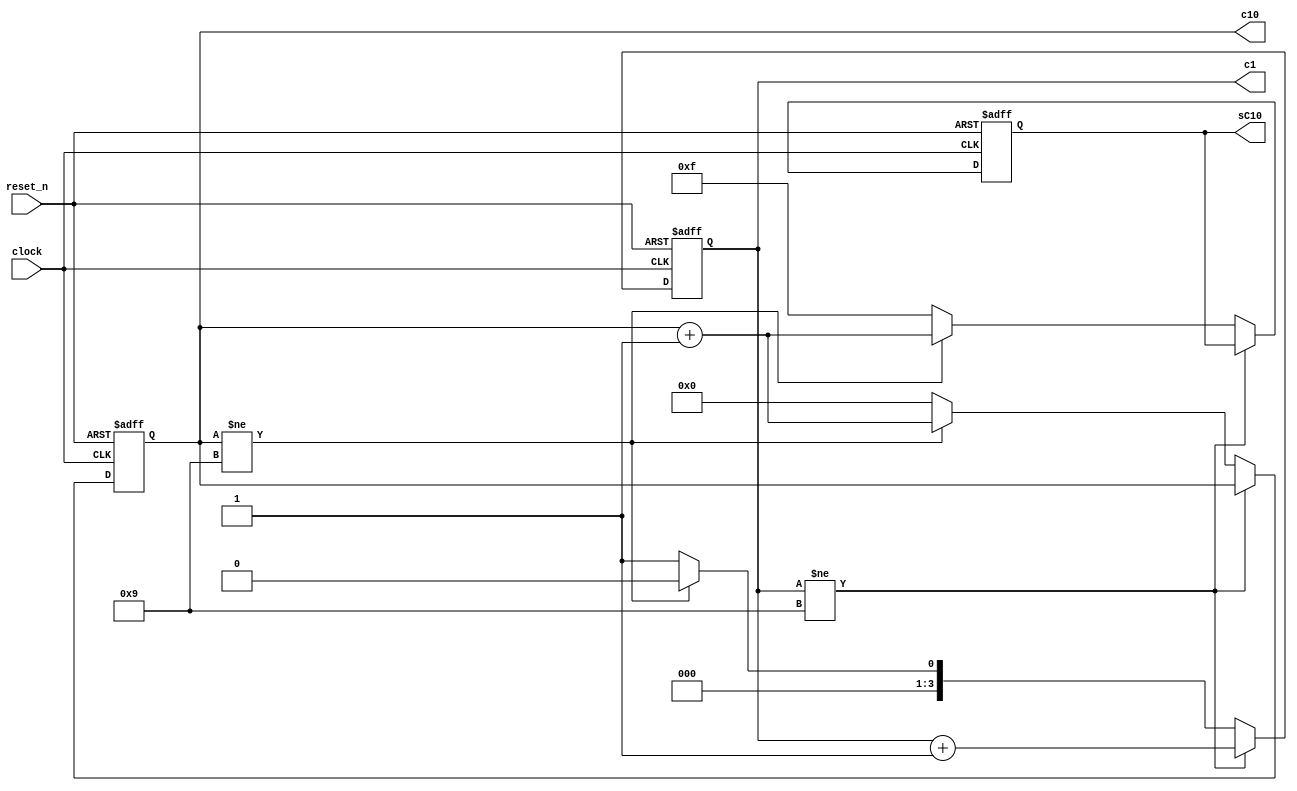
module counter(clock, reset_n, c10, c1, sC10);

input clock;
input reset_n;

// c1 is the binary represetation of the 1's place in the counter
// c10 is the 10's place
// sC10 is a value that stores "0" as "F" so that the display can be blanked properly
output reg [3:0] c1;
output reg [3:0] c10;
output reg [3:0] sC10;

initial begin
    c1 = 0;
    c10 = 0;
    sC10 = 4'b1111;
end

// On the negative edge of the clock, increase the counter by 1
always @ (negedge clock or negedge reset_n)
    begin
    // Reset block:
      if (~reset_n)
       begin
            c1 <= 1;
            c10 <= 0;
            sC10 <= 4'b1111;
        end
        else
        begin
            if (c1 != 4'b1001)
            begin
                c1 <= c1 + 1;
            end
            else
            // Handle when c1 is 9 and c10 isn't 9 (EX: increase from 9 to 10)
            begin
                if (c10 != 4'b1001)
                begin
                    c1 <= 0;
                    c10 <= c10 + 1;
                    sC10 <= c10 + 1;
                end
                else
                // Handle rollover from 99 back to 01
                begin
                    c1 <= 1;
                    c10 <= 0;
                    sC10 <= 4'b1111;
                end
            end
        end
    end

endmodule